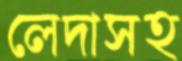
লেদাসহ